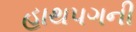
હાથપગની